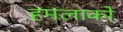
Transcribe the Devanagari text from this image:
हमलाको